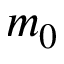
m _ { 0 }